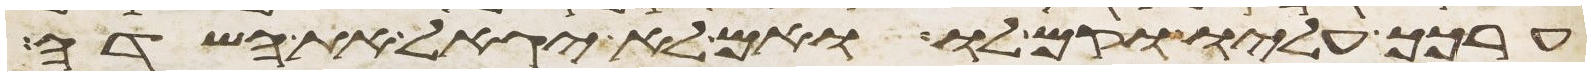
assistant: ערכך עליו וקם לו ואם לא יגאל את השדה